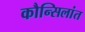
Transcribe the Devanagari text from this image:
कौन्सिलांत